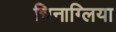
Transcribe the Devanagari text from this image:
चिनाग्लिया